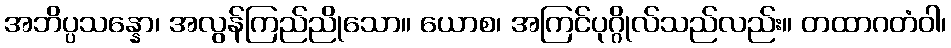
အဘိပ္ပသန္နော၊ အလွန်ကြည်ညိုသော။ ယောစ၊ အကြင်ပုဂ္ဂိုလ်သည်လည်း။ တထာဂတံဝါ၊